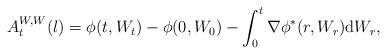
LaTeX: \begin{align*}A^{W,W}_t(l) = \phi(t, W_t) - \phi(0, W_0) - \int_0^t \nabla \phi^* (r, W_r) \mathrm d W_r,\end{align*}